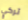
تركي